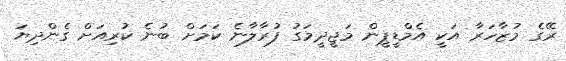
ރޭގެ މުޒާހަރާ އަކީ އެމްޑީޕީން މަޖީދީމަގު ފުރާލާނެ ކަމަށް ބުނެ ކުރިއަށް ގެންދިޔަ